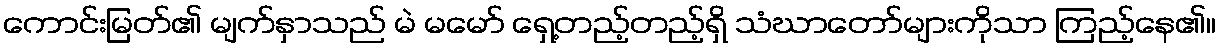
ကောင်းမြတ်၏ မျက်နှာသည် မဲ မမော် ရှေ့တည့်တည့်ရှိ သံဃာတော်များကိုသာ ကြည့်နေ၏။